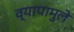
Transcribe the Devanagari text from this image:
व्यापामुले